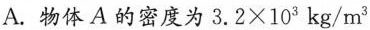
A自盐水盐水甲 丙(第10题)A.物体A的密度为$$3 . 2 × 1 0 3$$kg/m^{3}